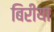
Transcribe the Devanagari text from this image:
बिरीया